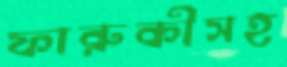
ফারুকীসহ